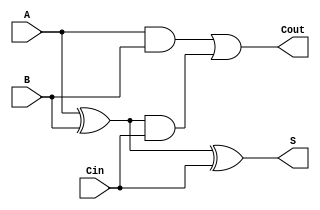
module TreeStructuredFullAdder (
    input wire A,      // First binary input
    input wire B,      // Second binary input
    input wire Cin,    // Carry input
    output wire S,     // Sum output
    output wire Cout    // Carry output
);

    // Intermediate signals
    wire Sum1;         // Intermediate sum (A XOR B)
    wire Carry1;       // Carry from A and B
    wire Carry2;       // Carry from Sum1 and Cin

    // First level of logic
    assign Sum1 = A ^ B;          // Sum1 = A XOR B
    assign Carry1 = A & B;        // Carry1 = A AND B

    // Second level of logic
    assign S = Sum1 ^ Cin;        // Final Sum S = Sum1 XOR Cin
    assign Carry2 = Sum1 & Cin;   // Carry2 = Sum1 AND Cin

    // Final level of logic
    assign Cout = Carry1 | Carry2; // Final Carry Cout = Carry1 OR Carry2

endmodule